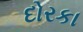
દોરકા